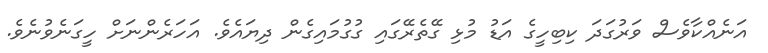
އަނެއްކާވެސް ވަރުގަދަ ކިބިހީގެ އަޑު މުޅި ގޭތެރޭގައި ގުގުމައިގެން ދިޔައެވެ. އަހަރެންނަށް ހީގަނެވުނެވެ.